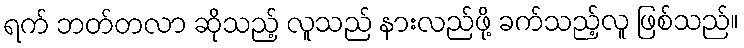
ရက် ဘတ်တလာ ဆိုသည့် လူသည် နားလည်ဖို့ ခက်သည့်လူ ဖြစ်သည်။